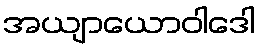
အယျာယောဝါဒေါ